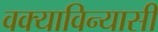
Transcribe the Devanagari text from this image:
वक्याविन्यासी